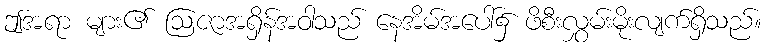
ဤအရာ များ၏ ဩဇာအရှိန်အဝါသည် နေအိမ်အပေါ်၌ ဖိစီးလွှမ်းမိုးလျက်ရှိသည်။